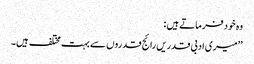
وہ خود فرماتے ہیں :
’’میری ادبی قدریں رائج قدروں سے بہت مختلف ہیں۔